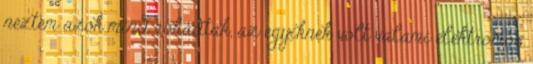
néztem azok mind rohadtak, az egyiknek volt valami elektromos